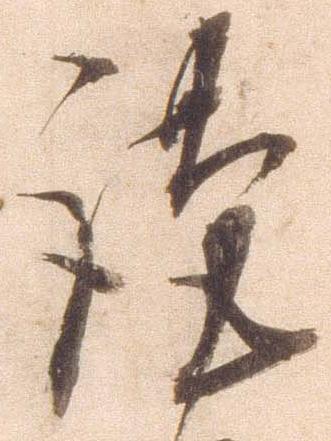
謹